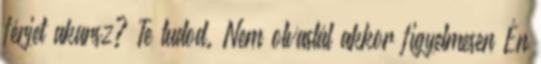
férjet akarsz? Te tudod. Nem olvastál akkor figyelmesen Én